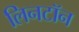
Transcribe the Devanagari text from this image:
लिनटॉन